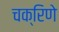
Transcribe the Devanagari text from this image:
चक्रिणे